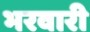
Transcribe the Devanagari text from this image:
भरवारी